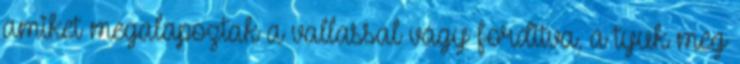
amiket megalapoztak a vallassal vagy forditva, a tyuk meg